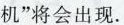
机”将会出现。